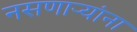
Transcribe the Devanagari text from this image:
नसणाऱ्यांना